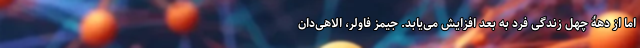
اما از دهۀ چهل زندگی فرد به بعد افزایش می‌یابد. جیمز فاولر، الاهی‌دان